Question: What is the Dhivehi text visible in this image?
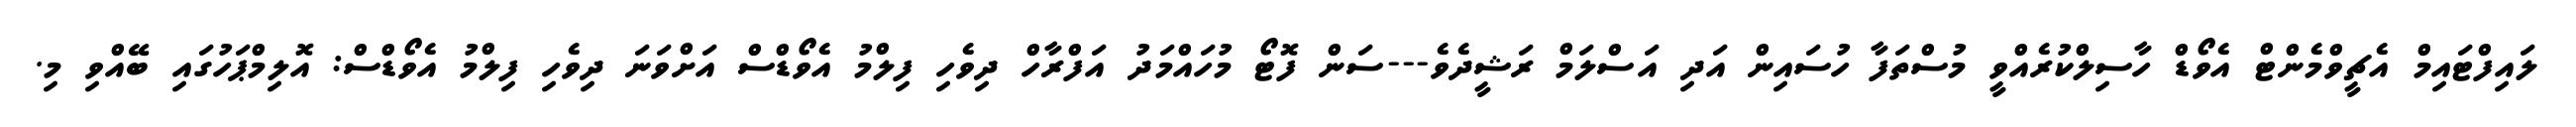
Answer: ލައިފްޓައިމް އެޗީވްމެންޓް އެވޯޑް ހާސިލްކުރެއްވީ މުސްތަފާ ހުސައިން އަދި އަސްލަމް ރަޝީދެވެ---ސަން ފޮޓޯ މުހައްމަދު އަފްރާހް ދިވެހި ފިލްމު އެވޯޑްސް އަށްވަނަ ދިވެހި ފިލްމު އެވޯޑްސް: އޮލިމްޕަހުގައި ބޭއްވި މި.